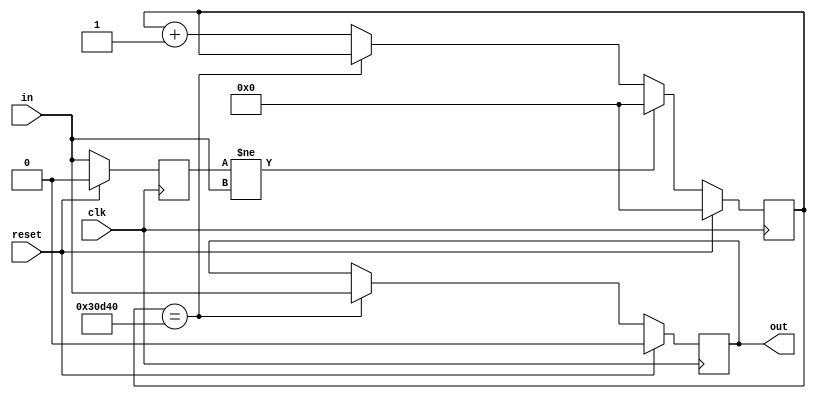
`timescale 1ns / 1ps
//////////////////////////////////////////////////////////////////////////////////
// Company: 
// Engineer: 
// 
// Design Name: 
// Module Name: debounce
// Project Name: 
// Target Devices: 
// Tool Versions: 
// Description: 
// 
// Dependencies: 
// 
// Revision:
// Revision 0.01 - File Created
// Additional Comments:
// 
//////////////////////////////////////////////////////////////////////////////////

module debounce (
  input clk,
  input reset,
  input in,
  output out
);

  // signal declaration
  reg in_reg, out_reg;
  reg [17:0] count_reg;
  wire stable;

  // debounce logic (2ms)
  always @(posedge clk) begin
    if (reset) begin
      in_reg <= 0;
      out_reg <= 0;
      count_reg <= 0;
    end
    else begin
      in_reg <= in;
      out_reg <= stable ? in : out_reg;
      count_reg <= (in_reg != in) ? 0 : (stable ? count_reg : count_reg + 1);
    end
  end 

  assign stable = (count_reg == 18'd200000);

  // output logic
  assign out = out_reg;

endmodule